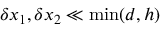
\delta x _ { 1 } , \delta x _ { 2 } \ll \operatorname* { m i n } ( d , h )